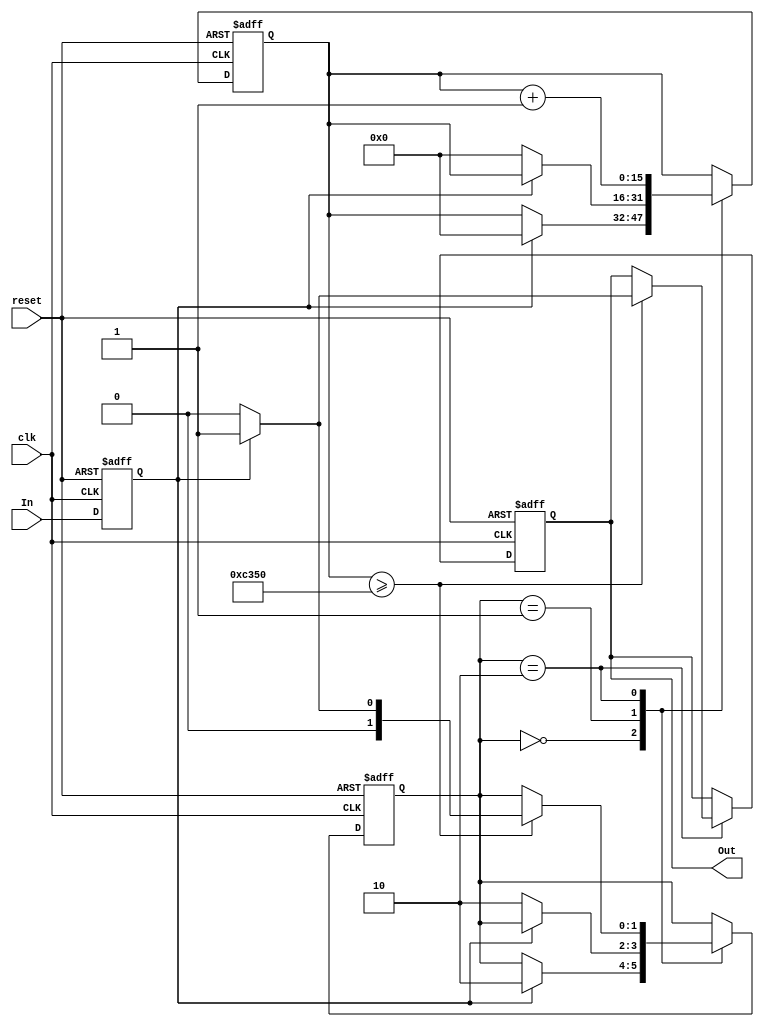
module DebouncedEdgeDetector (
    input  wire clk,          // Clock signal
    input  wire reset,        // Reset signal
    input  wire In,           // Noisy input signal
    output reg  Out           // Debounced output signal
);

    // Debounce timing parameters
    parameter DEBOUNCE_TIME = 50_000; // Assuming a clock frequency of 1 MHz, this is for 50 ms debounce

    reg [15:0] debounce_counter;  // Counter for debounce timing
    reg [1:0] state;              // State register (00: Stable Low, 01: Stable High, 10: Transition)
    reg In_sync;                  // Synchronized input signal

    // State encoding
    localparam STABLE_LOW = 2'b00;
    localparam STABLE_HIGH = 2'b01;
    localparam WAIT = 2'b10;

    always @(posedge clk or posedge reset) begin
        if (reset) begin
            debounce_counter <= 0;
            Out <= 0;
            state <= STABLE_LOW;
            In_sync <= 0;
        end else begin
            // Synchronize the input signal
            In_sync <= In;

            case (state)
                STABLE_LOW: begin
                    if (In_sync) begin
                        // Input has changed to HIGH
                        debounce_counter <= 0;
                        state <= WAIT; // Wait for debounce time
                    end
                end

                STABLE_HIGH: begin
                    if (!In_sync) begin
                        // Input has changed to LOW
                        debounce_counter <= 0;
                        state <= WAIT; // Wait for debounce time
                    end
                end

                WAIT: begin
                    debounce_counter <= debounce_counter + 1;

                    // Check if debounce time has passed
                    if (debounce_counter >= DEBOUNCE_TIME) begin
                        // Confirm the new state
                        if (In_sync) begin
                            Out <= 1; // Update output to HIGH
                            state <= STABLE_HIGH; // Move to stable high state
                        end else begin
                            Out <= 0; // Update output to LOW
                            state <= STABLE_LOW; // Move to stable low state
                        end
                    end
                end

            endcase
        end
    end

endmodule